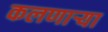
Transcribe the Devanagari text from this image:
कलणाऱ्या